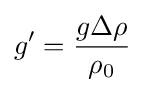
g'={\frac {g\Delta \rho }{\rho _{0}}}